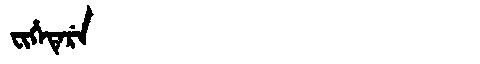
Manchu: ᠸᡳᡥᡝᡨᡝᡵᡝ
Romanization: FIHETERE